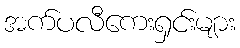
အက်ပလီကေးရှင်းများ